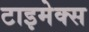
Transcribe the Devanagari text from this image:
टाइमेक्स